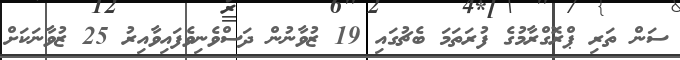
ސަން ތަރި ޕްރޮގްރާމުގެ ފުރަތަމަ ބެޗުގައި 19 ޒުވާނުން ދަސްވެނިވެފައިވާއިރު 25 ޒުވާނަކަށް